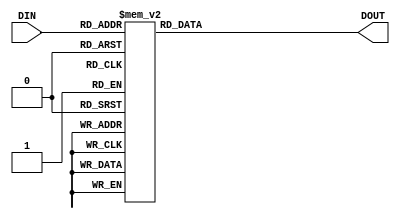
module encode_7seg (
 input      [3:0] DIN,
 output reg [6:0] DOUT
);

/*
       bit0
      ------
     |      |
 bit5| bit6 |bit1
      ------
     |      |
 bit4|      |bit2
      ------
       bit3
*/

always @*
  case (DIN)
  4'd0   : DOUT = 7'b0111111;
  4'd1   : DOUT = 7'b0000110;
  4'd2   : DOUT = 7'b1011011;
  4'd3   : DOUT = 7'b1001111;
  4'd4   : DOUT = 7'b1100110;
  4'd5   : DOUT = 7'b1101101;
  4'd6   : DOUT = 7'b1111101;
  4'd7   : DOUT = 7'b0100111;
  4'd8   : DOUT = 7'b1111111;
  4'd9   : DOUT = 7'b1101111;
  default: DOUT = 7'dx;
  endcase

endmodule